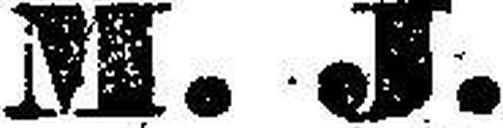
M. J.